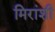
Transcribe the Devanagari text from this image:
मिरांशी